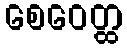
စေဝေတ္ထ